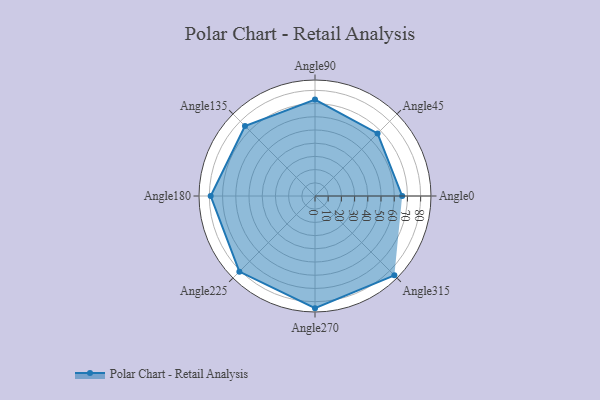
{"axis": {"x": "Angle", "y": "Radius"}, "legend": [""], "data": [{"x": "Angle0", "y": 66.0, "type": ""}, {"x": "Angle45", "y": 67.0, "type": ""}, {"x": "Angle90", "y": 73.0, "type": ""}, {"x": "Angle135", "y": 75.0, "type": ""}, {"x": "Angle180", "y": 79.0, "type": ""}, {"x": "Angle225", "y": 81.0, "type": ""}, {"x": "Angle270", "y": 85.0, "type": ""}, {"x": "Angle315", "y": 85.0, "type": ""}]}